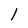
Character: l